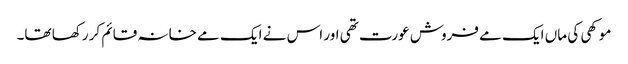
موکھی کی ماں ایک مے فروش عورت تھی اور اس نے ایک مے خانہ قائم کر رکھا تھا۔